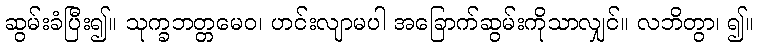
ဆွမ်းခံပြီး၍။ သုက္ခဘတ္တမေဝ၊ ဟင်းလျာမပါ အခြောက်ဆွမ်းကိုသာလျှင်။ လဘိတွာ၊ ၍။